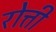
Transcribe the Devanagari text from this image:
रोत्ती